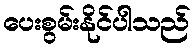
ပေးစွမ်းနိုင်ပါသည်